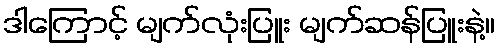
ဒါကြောင့် မျက်လုံးပြူး မျက်ဆန်ပြူးနဲ့။